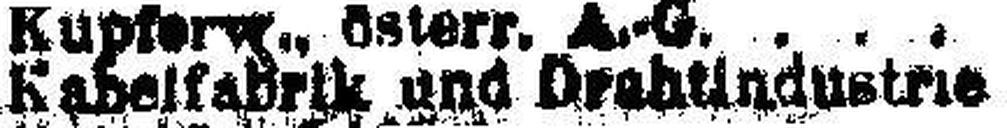
Kabelfabrik und Drahtindustrie